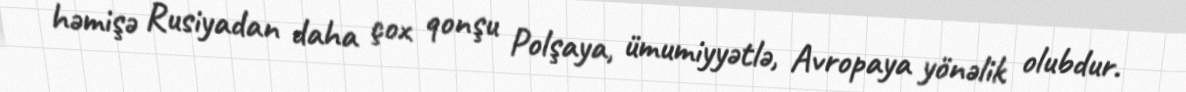
həmişə Rusiyadan daha çox qonşu Polşaya, ümumiyyətlə, Avropaya yönəlik olubdur.